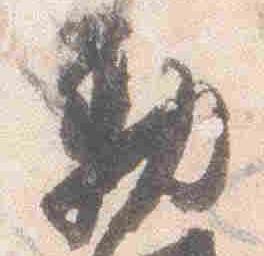
勅